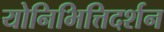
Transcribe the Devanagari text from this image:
योनिभित्तिदर्शन